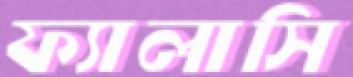
ফ্যালাসি